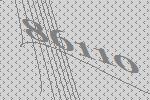
86110